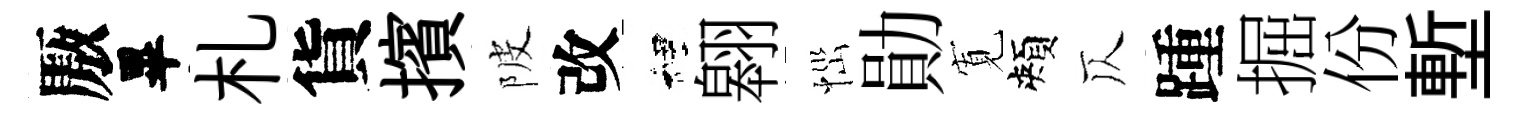
厫畢札貨擯陂改裡翱𢙉勛𡩖頰仄踵掘份塹